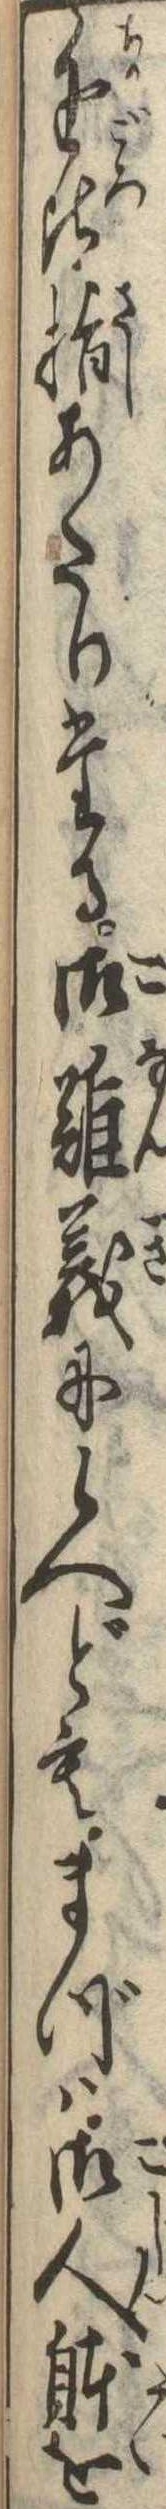
近比指あたりたる御難義に候へどもまづは御人体を